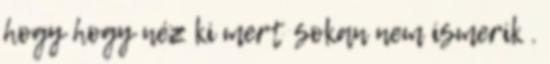
hogy hogy néz ki mert sokan nem ismerik .